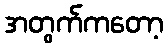
အတွက်ကတော့